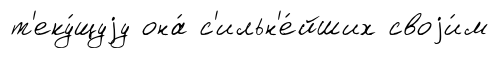
т'еку́щуjу она́ с'ильн'е́йших своjи́м